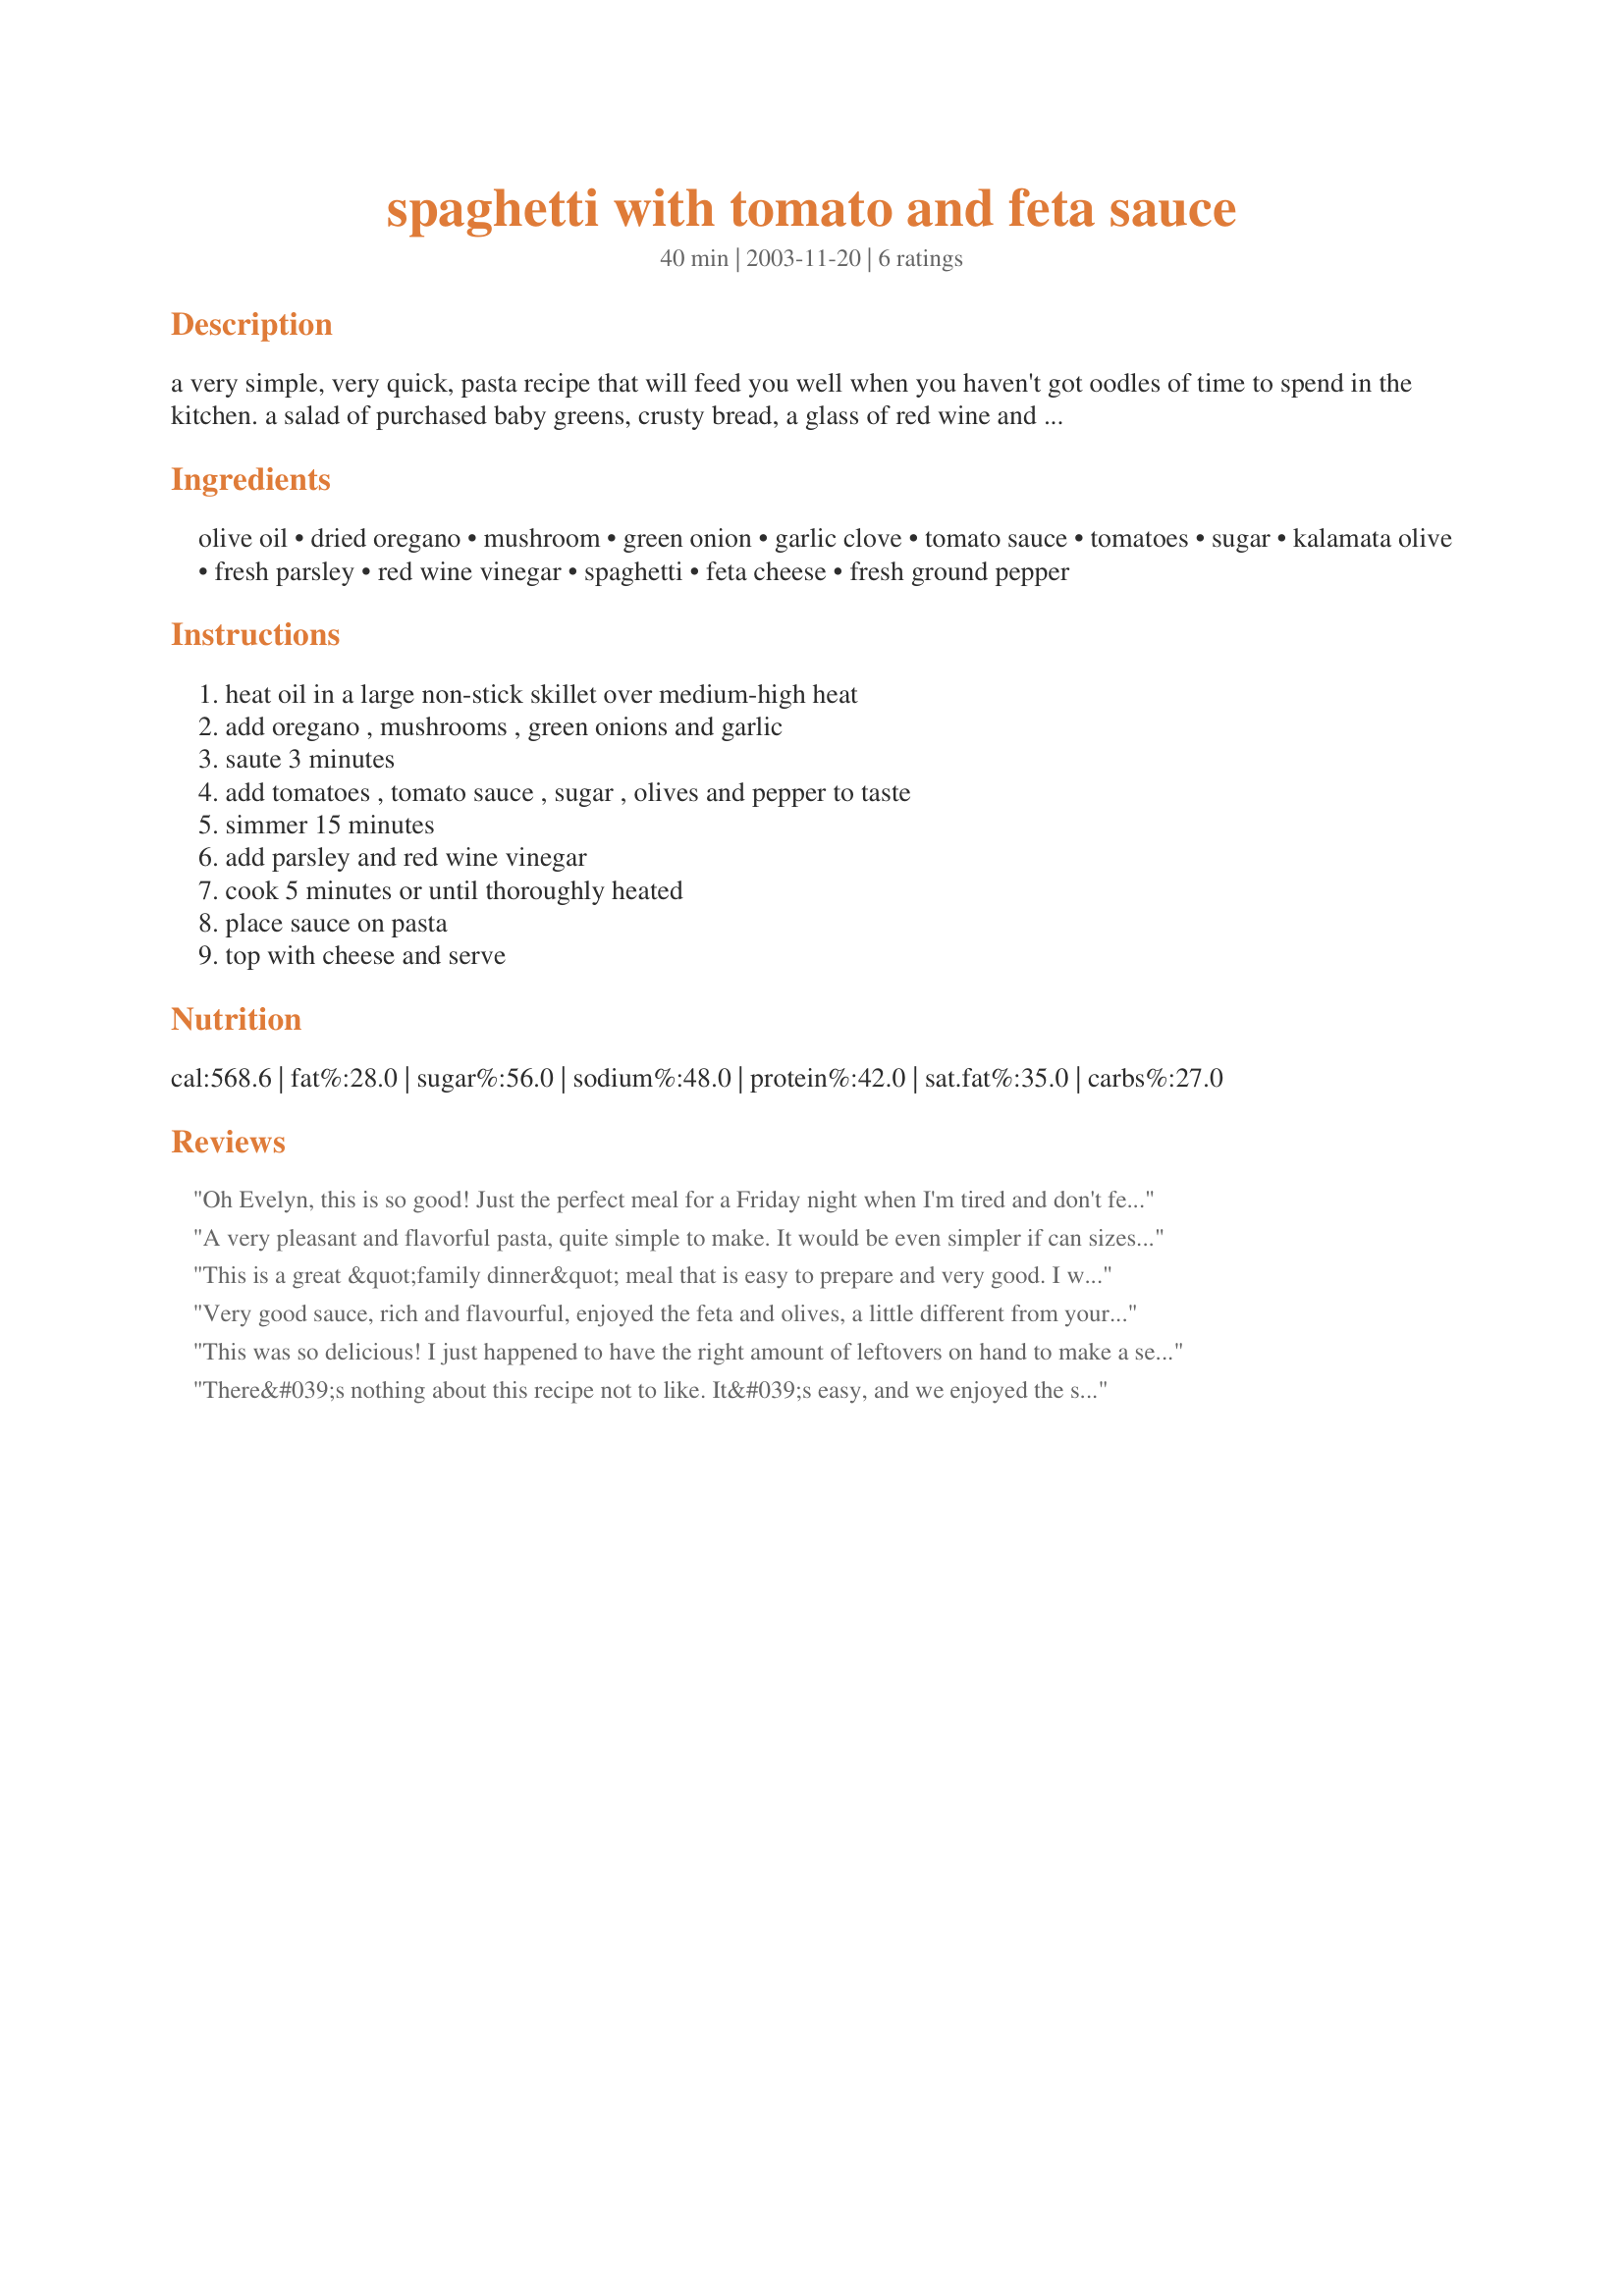
spaghetti with tomato and feta sauce
Preparation time: 40 minutes

a very simple, very quick, pasta recipe that will feed you well when you haven't got oodles of time to spend in the kitchen. a salad of purchased baby greens, crusty bread, a glass of red wine and you'll be happy, i promise.

Ingredients:
olive oil, dried oregano, mushroom, green onion, garlic clove, tomato sauce, tomatoes, sugar, kalamata olive, fresh parsley, red wine vinegar, spaghetti, feta cheese, fresh ground pepper

Steps:
heat oil in a large non-stick skillet over medium-high heat, add oregano , mushrooms , green onions and garlic, saute 3 minutes, add tomatoes , tomato sauce , sugar , olives and pepper to taste, simmer 15 minutes, add parsley and red wine vinegar, cook 5 minutes or until thoroughly heated, place sauce on pasta, top with cheese and serve

Reviews:
Oh Evelyn, this is so good! Just the perfect meal for a Friday night when I'm tired and don't feel like exerting myself too much. I only made half the quantity of pasta since it was just me and my husband, but made the full quantity of sauce to have some for another meal during the week. I'm sure the leftovers will taste even better!
A very pleasant and flavorful pasta, quite simple to make. It would be even simpler if can sizes were specified for the tomato sauce and diced tomatoes. But really a very nice meal.
This is a great &quot;family dinner&quot; meal that is easy to prepare and very good. I will make this often, as we all love feta cheese and anything with pasta. Thank for sharing the recipe.
Very good sauce, rich and flavourful, enjoyed the feta and olives, a little different from your every day tomato sauce! Thank you Evelyn, this meal was made and enjoyed for ZWT9, Family Picks, Hot Pink Panthers
This was so delicious! I just happened to have the right amount of leftovers on hand to make a serving for one, and it was such a treat. It is quick to throw together and has such wonderful bright flavors. I added some cooked lentils to increase the protein and it was a great fit. I imagine, too, that you could sub your favorite veggies in for the mushrooms; for me I would like to try zucchini next time. Thanks for posting! Made for ZWT 9, Gourmet Goddesses.
There&#039;s nothing about this recipe not to like. It&#039;s easy, and we enjoyed the salty flavors of the feta and kalamatas. The dish is pretty saucy (no complaints), and as another reviewer mentioned, lends itself well to the addition of extra veggies. I used Newman&#039;s Marinara sauce for the tomato sauce. Thanks for posting this hassle-free meal. Made for ZWT9.
